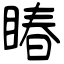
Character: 睶